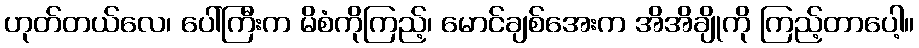
ဟုတ်တယ်လေ၊ ပေါ်ကြီးက မိစံကိုကြည့်၊ မောင်ချစ်အေးက အိအိချိုကို ကြည့်တာပေါ့။